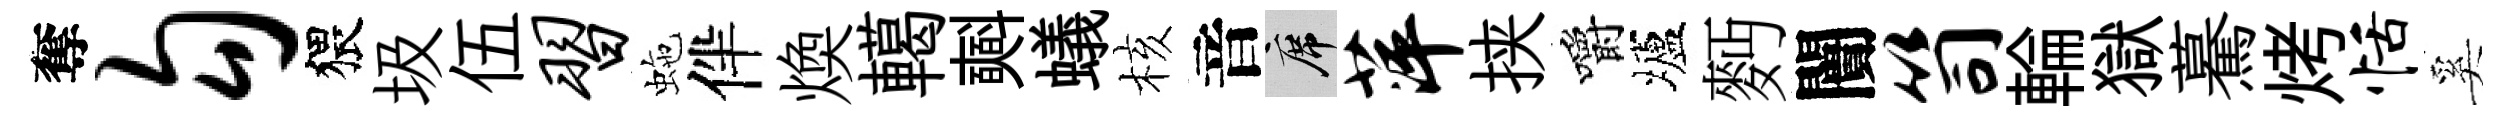
奪勾猥圾伍习虵伴煥轕𣂏蟻核音席萍挟嚼壚麪闠笥輪獄驀烤恬奚